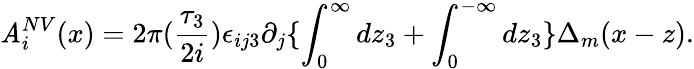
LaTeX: \mathit{A}_{i}^{NV}(x)=2\pi(\frac{{\tau_{3}}}{{2i}})\epsilon_{ij3}\partial_{j}\{ \int_{0}^{\infty}dz_{3}+\int_{0}^{-\infty}dz_{3}\} \Delta_{m}(x-z).